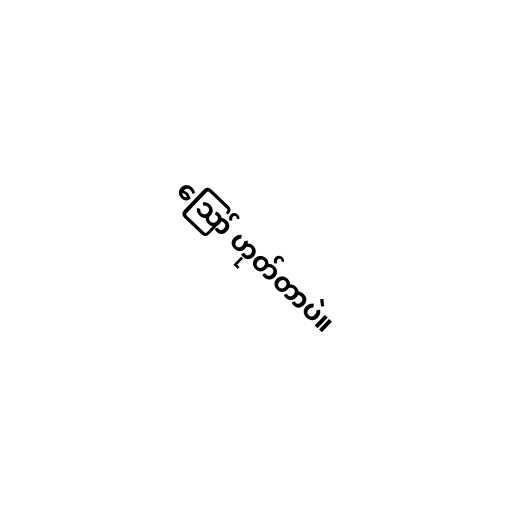
ဪ ဟုတ်တာပဲ။